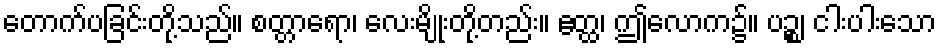
တောက်ပခြင်းတို့သည်။ စတ္တာရော၊ လေးမျိုးတို့တည်း။ ဧတ္ထ၊ ဤလောက၌။ ပဉ္စ၊ ငါးပါးသော